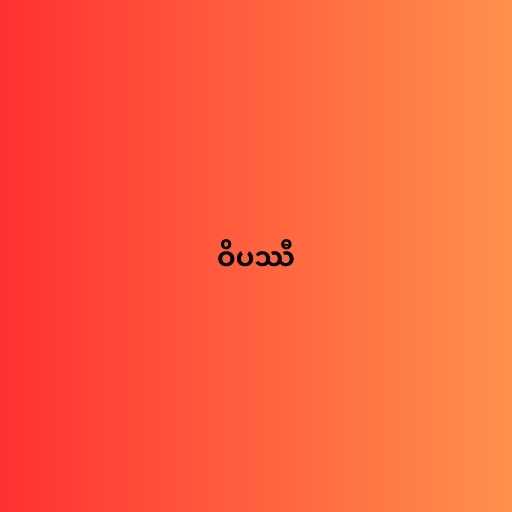
ဝိပဿီ